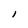
Character: l